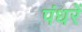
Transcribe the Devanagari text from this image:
पंधरें